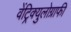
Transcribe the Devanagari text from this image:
वेंट्रिक्युलोग्राफी